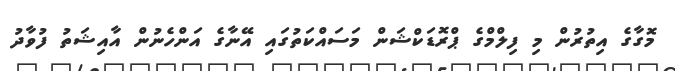
މޮގާގެ އިތުރުން މި ފިލްމްގެ ޕްރޮޑަކްޝަން މަސައްކަތުގައި އޭނާގެ އަންހެނުން އާއިޝަތު ފުވާދު